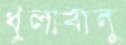
ধুলাবালু